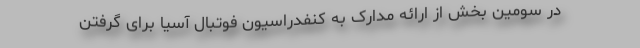
در سومین بخش از ارائه مدارک به کنفدراسیون فوتبال آسیا برای گرفتن